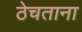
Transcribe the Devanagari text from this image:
ठेचताना